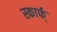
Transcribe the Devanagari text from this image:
स्कार्फ्